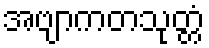
အဗျာကတသုတ္တံ